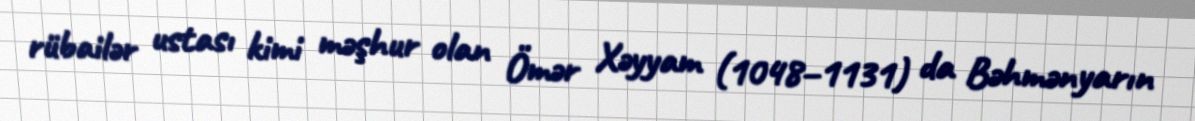
rübailər ustası kimi məşhur olan Ömər Xəyyam (1048–1131) da Bəhmənyarın